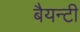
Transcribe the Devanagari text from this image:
बैयन्टी